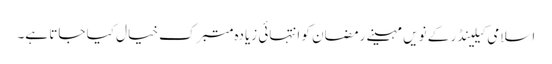
اسلامی کیلینڈر کے نویں مہینے رمضان کو انتہائی زیادہ متبرک خیال کیا جاتا ہے۔